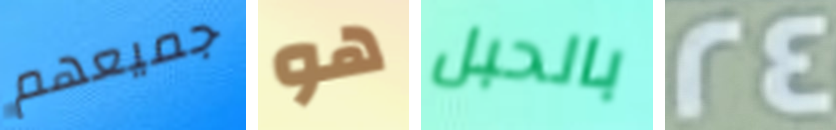
جميعهم هو بالحبل 24